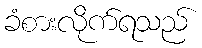
ခံစားလိုက်ရသည်